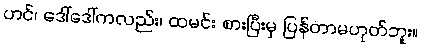
ဟင်၊ ဒေါ်ဒေါ်ကလည်း၊ ထမင်း စားပြီးမှ ပြန်တာမဟုတ်ဘူး။